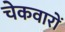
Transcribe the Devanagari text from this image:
चेकवारों